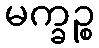
မက္ခဉ္စ